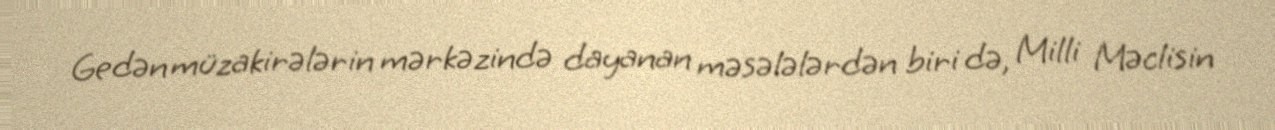
Gedən müzakirələrin mərkəzində dayanan məsələlərdən biri də, Milli Məclisin